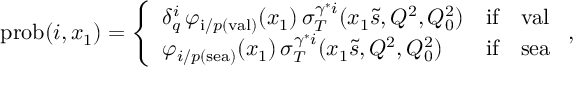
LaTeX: \mathrm { p r o b } ( i , x _ { 1 } ) = \left\{ \begin{array} { l l l } { { \delta _ { q } ^ { i } \, \varphi _ { \mathrm { i } / p ( \mathrm { v a l } ) } ( x _ { 1 } ) \, \sigma _ { T } ^ { \gamma ^ { * } i } ( x _ { 1 } \tilde { s } , Q ^ { 2 } , Q _ { 0 } ^ { 2 } ) } } & { { \mathrm { i f } } } & { { \mathrm { v a l } } } \\ { { \varphi _ { i / p ( \mathrm { s e a } ) } ( x _ { 1 } ) \, \sigma _ { T } ^ { \gamma ^ { * } i } ( x _ { 1 } \tilde { s } , Q ^ { 2 } , Q _ { 0 } ^ { 2 } ) } } & { { \mathrm { i f } } } & { { \mathrm { s e a } } } \end{array} \right. ,